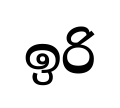
ඉරි